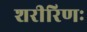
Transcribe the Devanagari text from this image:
शरीरिणः